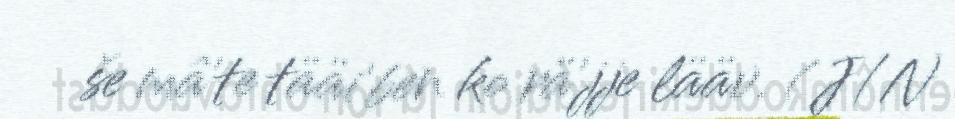
še mâ'te tääi'ben ko rä'jje lääv. (J/N